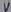
Text: B